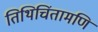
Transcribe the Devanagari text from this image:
तिथिचिंतामणि